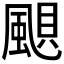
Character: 𩗗